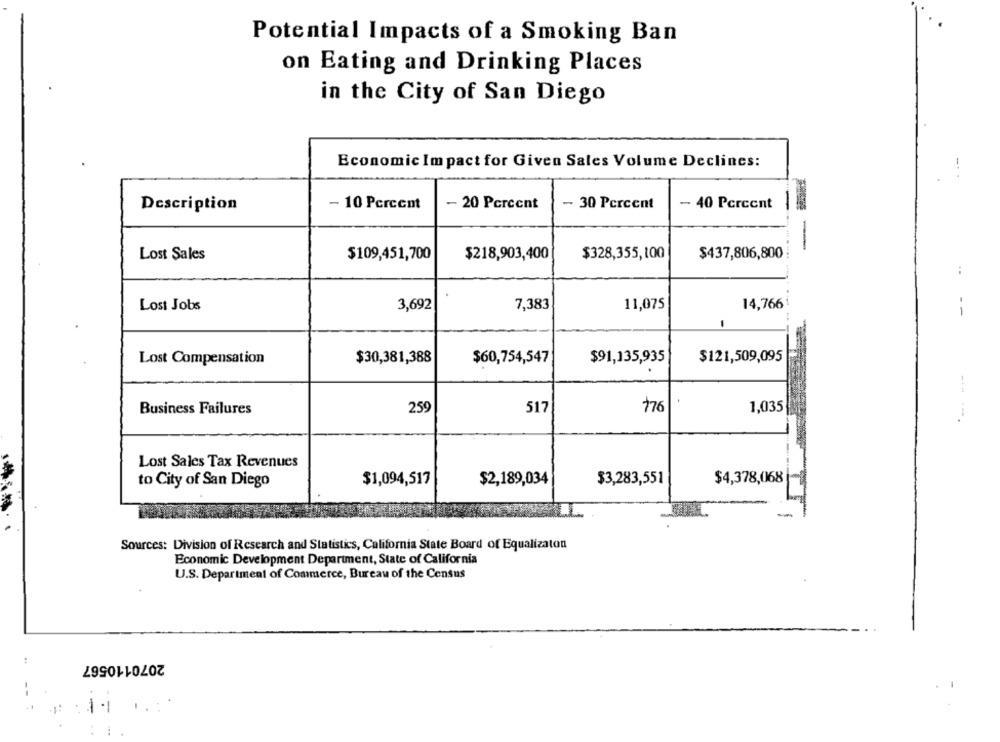
Potential Impacts of a Smoking Ban
on Eating and Drinking Places
in the City of San Diego
Economic Impact for Given Sales Volume Declines:
Description
- 10 Percent
- 20 Percent
- 30 Percent
- 40 Percent
Lost Sales
$109,451,700
$218,903,400
$328,355,100
$437,806,800 :
7,383
14,766 !
Lost Jobs
3,692
11,075
Lost Compensation
$30,381,388
$60,754,547
$91,135,935
$121,509,095
259
517
776
1,035
Business Failures
Lost Sales Tax Revenues
$1,094,517
$2,189,034
$3,283,551
$4,378,068
to City of San Diego
-
Sources: Division of Research and Statistics, California State Board of Equalizaton
Economic Development Department, State of California
U.S. Department of Commerce, Bureau of the Census
2070110567
..
1.1